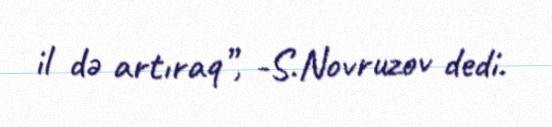
il də artıraq”, -S.Novruzov dedi.